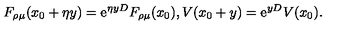
F _ { \rho \mu } ( x _ { 0 } + \eta y ) = \mathrm { e } ^ { \eta y D } F _ { \rho \mu } ( x _ { 0 } ) , V ( x _ { 0 } + y ) = \mathrm { e } ^ { y D } V ( x _ { 0 } ) .